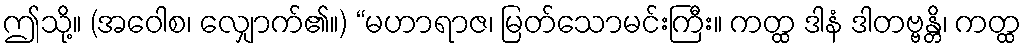
ဤသို့။ (အဝေါစ၊ လျှောက်၏။) “မဟာရာဇ၊ မြတ်သောမင်းကြီး။ ကတ္ထ ဒါနံ ဒါတဗ္ဗန္တိ၊ ကတ္ထ